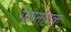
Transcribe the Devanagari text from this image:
गद्यनाटक